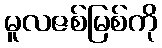
မူလဇစ်မြစ်ကို